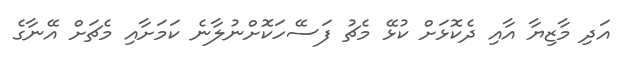
އަދި މާޒިޔާ އާއި ދެކޮޅަށް ކުޅޭ މެޗު ފަސޭހަކޮށްނުލާނެ ކަމަށާއި މެޗަށް އޭނާގެ